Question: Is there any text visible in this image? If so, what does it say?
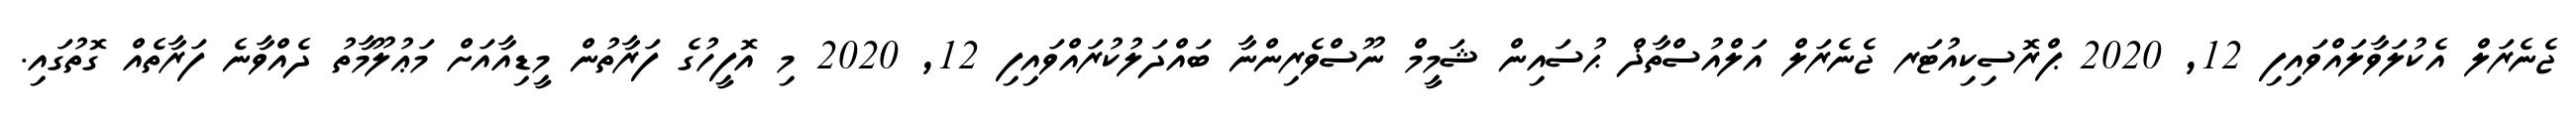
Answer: ޖެނެރަލް އެކުލަވާލައްވައިފި 12, 2020 ޕްރޮސިކިއުޓަރ ޖެނެރަލް އަލްއުސްތާޛް ޙުސައިން ޝަމީމް ނޫސްވެރިންނާ ބައްދަލުކުރައްވައިފި 12, 2020 މި އޮފީހުގެ ފަރާތުން މީޑިއާއަށް މަޢުލޫމާތު ދެއްވާނެ ފަރާތެއް ގޮތުގައި.